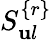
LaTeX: S_{\mathbf{u}l}^{\{ r\} }